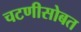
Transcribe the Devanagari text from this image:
चटणीसोबत